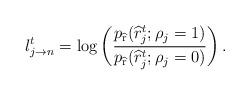
LaTeX: \begin{align*} l_{j\rightarrow n}^t=\log \left(\frac{p_{\widehat{\mathrm{r}}}(\widehat{r}_j^t;\rho_j=1)}{p_{\widehat{\mathrm{r}}}(\widehat{r}_j^t;\rho_j=0)}\right) . \end{align*}